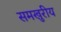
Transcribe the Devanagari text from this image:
समखुरीय